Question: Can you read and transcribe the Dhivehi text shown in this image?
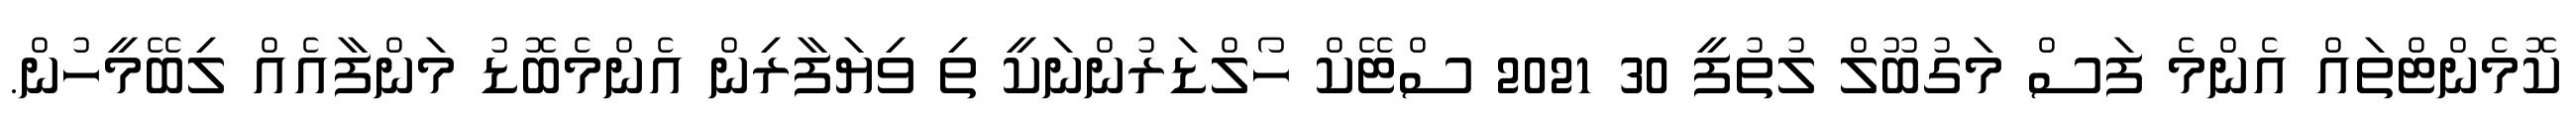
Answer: ކޮމެންޓްތައް އެންމެ ފަސް މަގުބޫލް ލުތުފީ 30 2021 ސްޓޭކް ހޯލްޑަރުންނަކީ ތި ވިޔަފާރިން އެންމެބޮޑު މަންފާއެއް ލިބޭމީހުން.